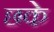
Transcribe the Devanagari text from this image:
छके